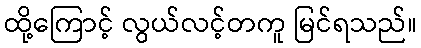
ထို့ကြောင့် လွယ်လင့်တကူ မြင်ရသည်။